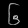
Digit: ၆